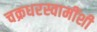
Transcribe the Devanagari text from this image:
चक्रधरस्वामींशी